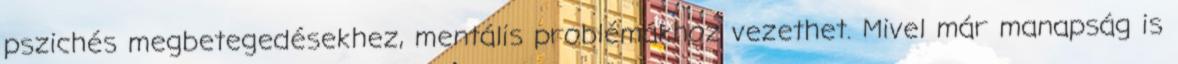
pszichés megbetegedésekhez, mentális problémákhoz vezethet. Mivel már manapság is